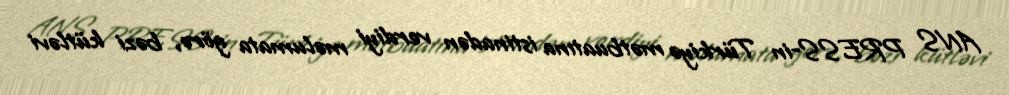
ANS PRESS-in Türkiyə mətbuatına istinadən verdiyi məlumata görə, bəzi kütləvi